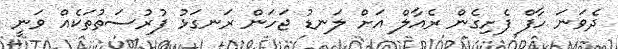
ދެވަނަ ހާފް ފެށިގެން ރެއާލް އަށް ލަނޑު ޖަހަން ރަނގަޅު ފުރުސަތުތަކެއް ވަނީ